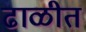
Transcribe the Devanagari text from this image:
ढाळीत